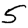
Digit: 5